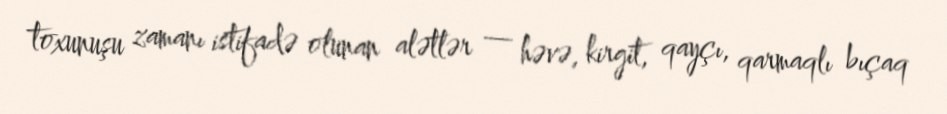
toxunuşu zamanı istifadə olunan alətlər — həvə, kirgit, qayçı, qarmaqlı bıçaq